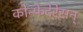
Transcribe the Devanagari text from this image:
कोन्फेदेरेसन्